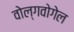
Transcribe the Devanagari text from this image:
वोल्गवोगेल